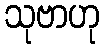
သုဗာဟု